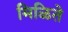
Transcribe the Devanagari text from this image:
मिळिते